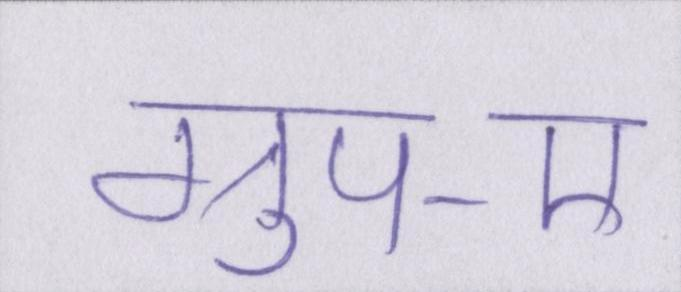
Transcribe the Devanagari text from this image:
ग्रुप-ए